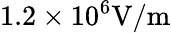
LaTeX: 1.2\times 10^{6}\mathrm{V/m}